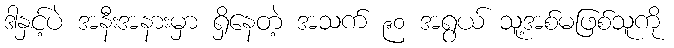
ဒါနှင့်ပဲ အနီးအနားမှာ ရှိနေတဲ့ အသက် ၉၀ အရွယ် သူ့အစ်မဖြစ်သူကို